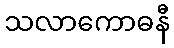
သလာကောဓနီ